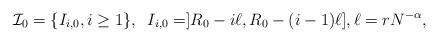
LaTeX: \begin{align*} \mathcal I_{0}=\{I_{{i,0}},i\ge 1\}, \;\; I_{i,0} = ]R_0- i\ell,R_0- (i-1)\ell], \ell=rN^{-\alpha} , \end{align*}